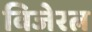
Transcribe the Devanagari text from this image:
विजेरत्न